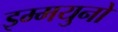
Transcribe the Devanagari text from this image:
इम्मयुनो